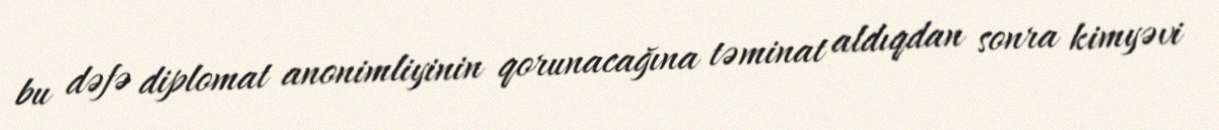
bu dəfə diplomat anonimliyinin qorunacağına təminat aldıqdan sonra kimyəvi